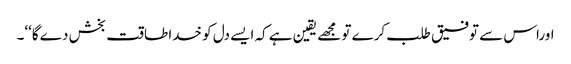
اوراس سے توفیق طلب کرے تو مجھے یقین ہے کہ ایسے دل کو خدا طاقت بخش دے گا‘‘۔